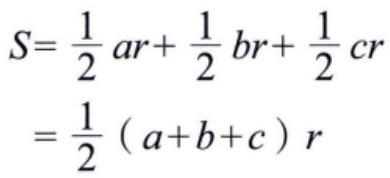
\[
\begin{align*}
S&=\frac{1}{2}ar + \frac{1}{2}br+\frac{1}{2}cr\\
&=\frac{1}{2}(a + b + c)r
\end{align*}
\]